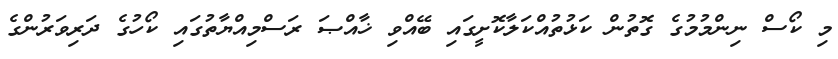
މި ކޯސް ނިންމުމުގެ ގޮތުން ކަޅުތުއްކަލާކޮށީގައި ބޭއްވި ޚާއްޞަ ރަސްމިއްޔާތުގައި ކޯހުގެ ދަރިވަރުންގެ